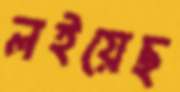
লইয়েছ